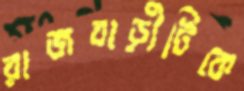
রাজবাড়ীটিকে